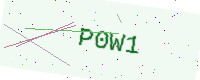
Text: P0W1